DOW-UAP-D49, Launch Summary, Vandenberg AFB, 2000
Agency: Department of War
Incident date: 2/3/00
Page 35
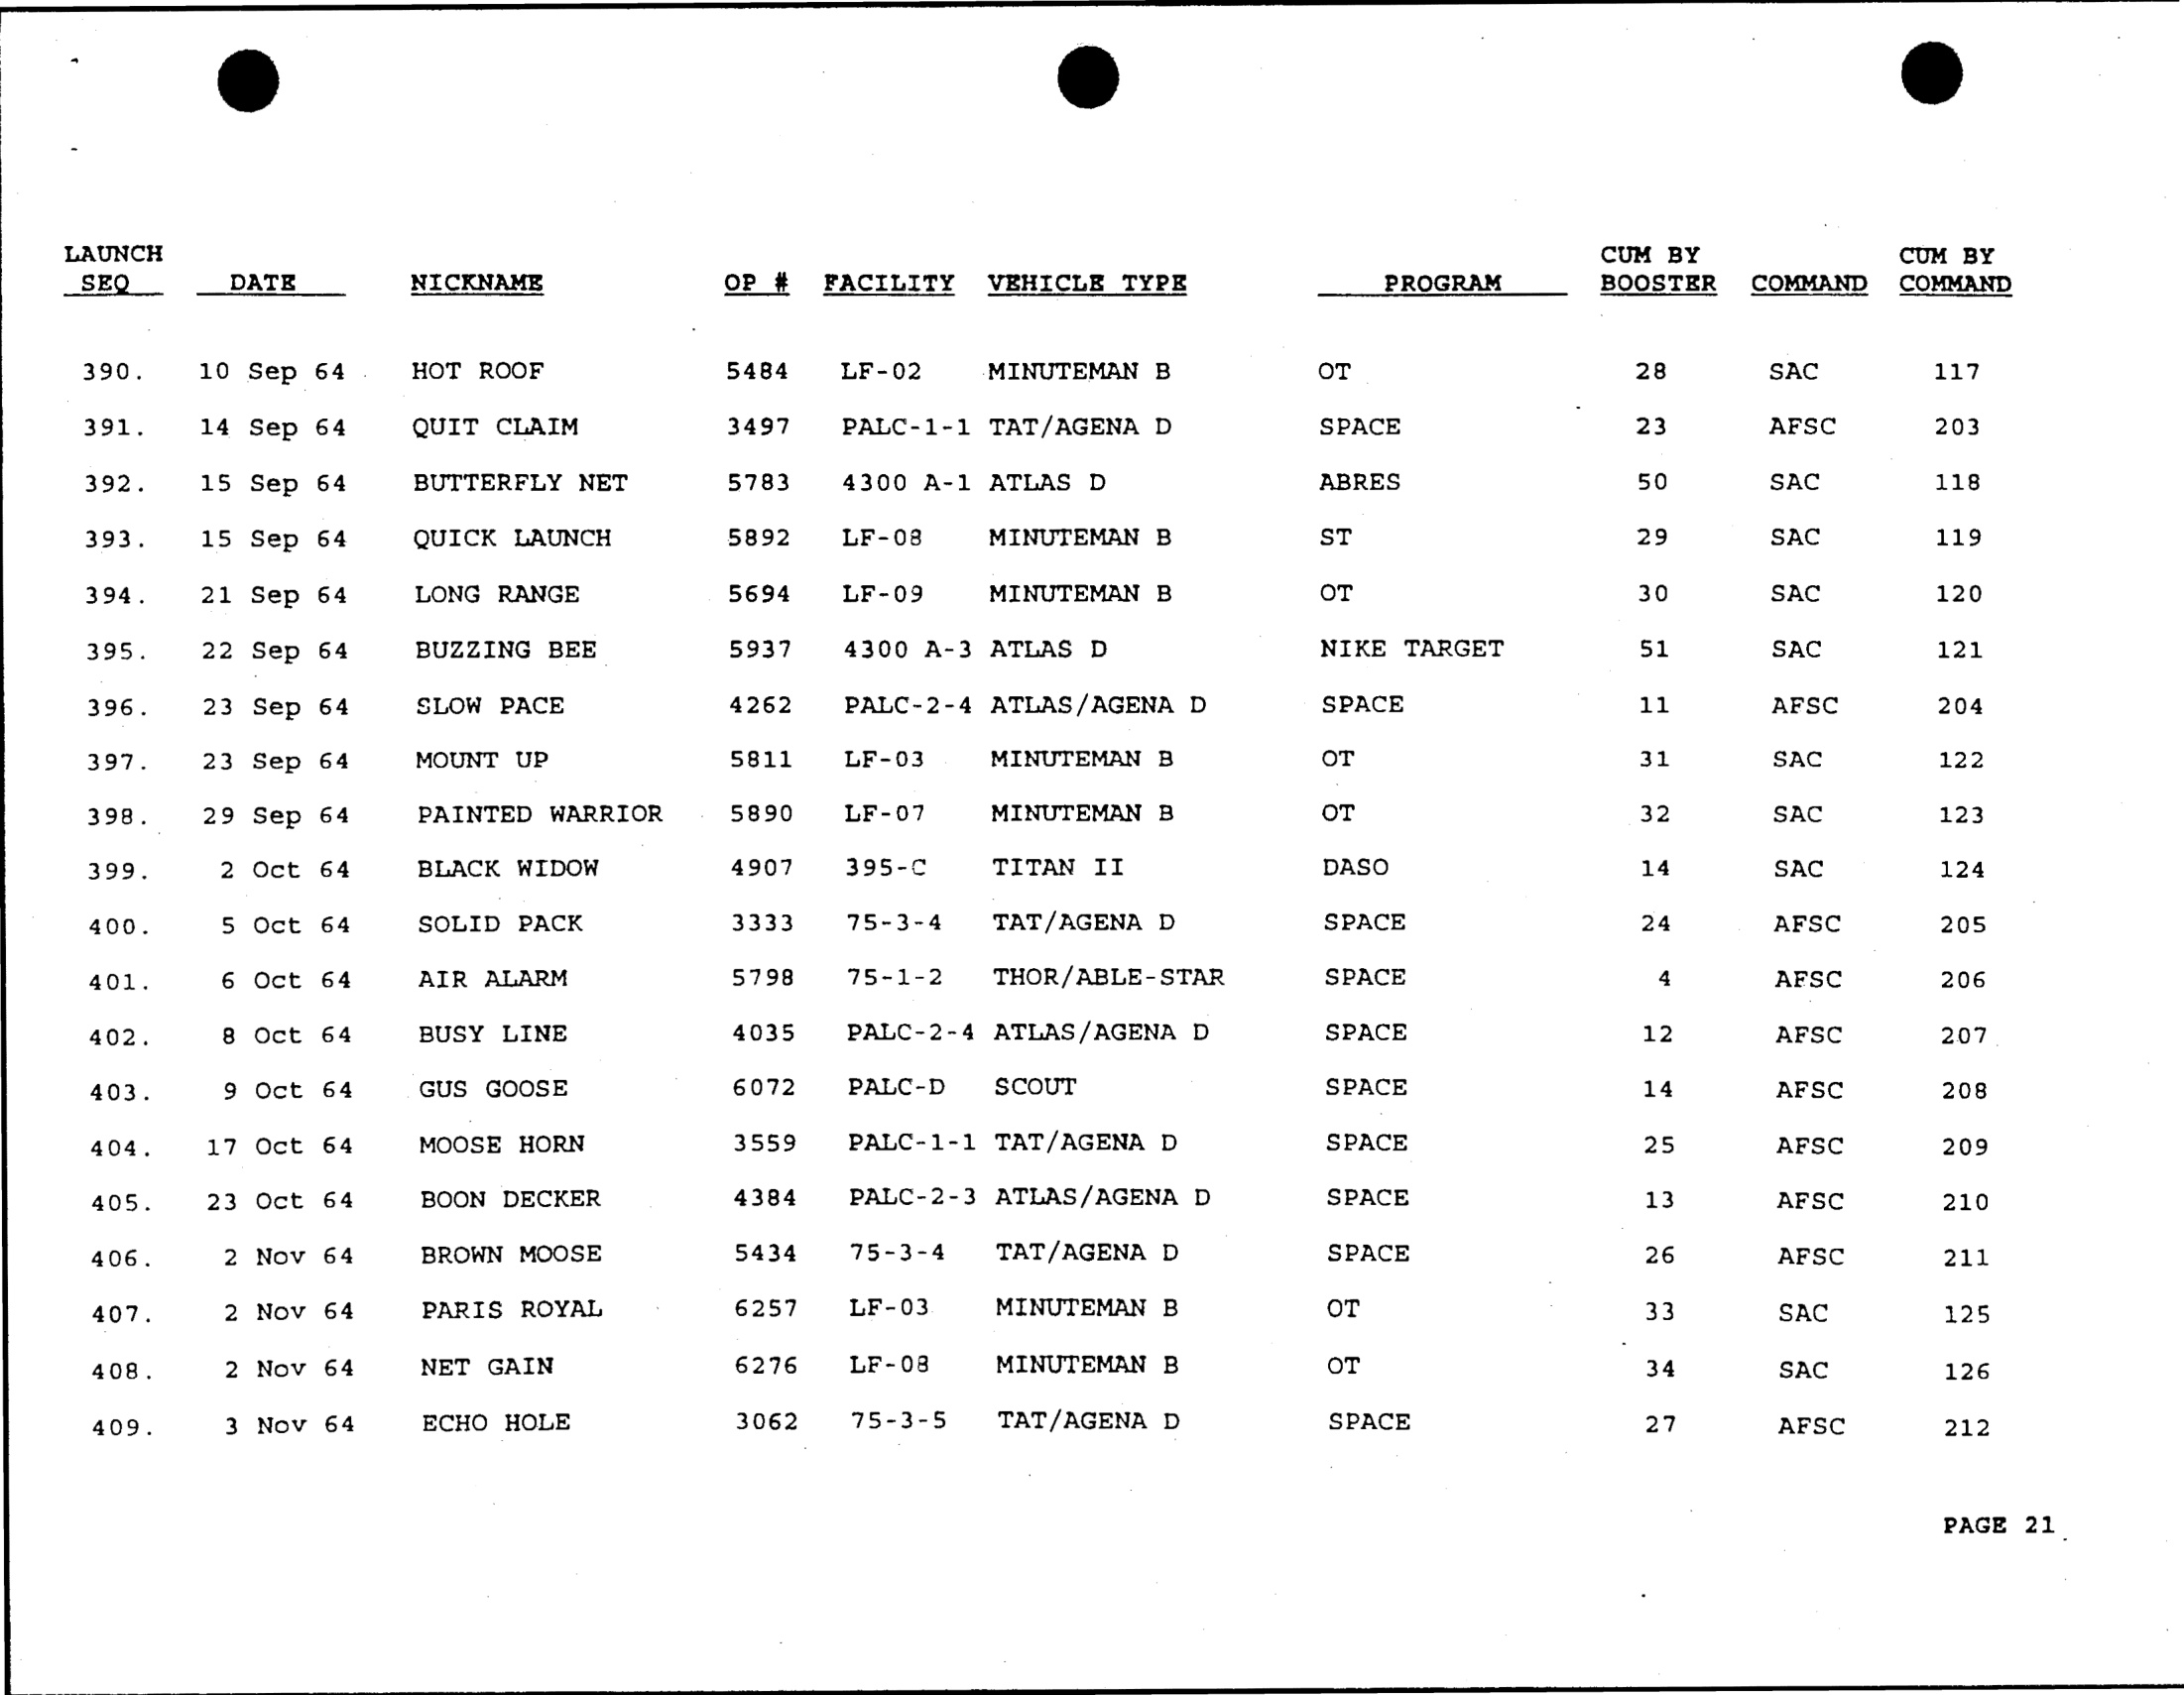